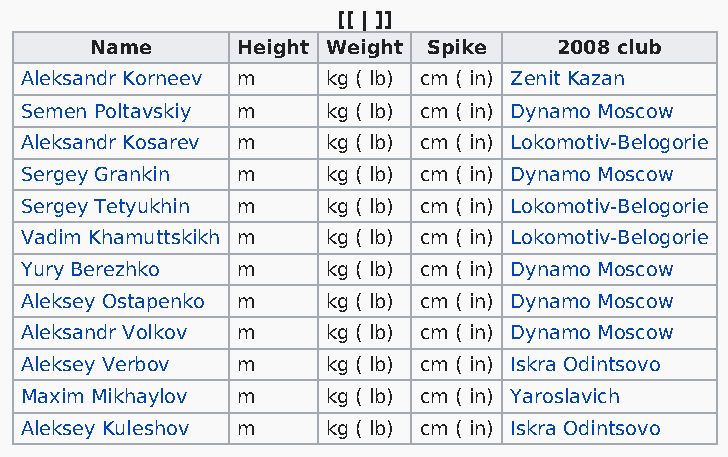
[[ | ]]
 Name      Height Weight Spike  2008 club
 Aleksandr Korneev m  kg ( lb) cm ( in) Zenit Kazan
 Semen Poltavskiy m   kg ( lb) cm ( in) Dynamo Moscow
 Aleksandr Kosarev m  kg ( lb) cm ( in) Lokomotiv-Belogorie
 Sergey Grankin m     kg ( lb) cm ( in) Dynamo Moscow
 Sergey Tetyukhin m   kg ( lb) cm ( in) Lokomotiv-Belogorie
 Vadim Khamuttskikh m kg ( lb) cm ( in) Lokomotiv-Belogorie
 Yury Berezhko  m     kg ( lb) cm ( in) Dynamo Moscow
 Aleksey Ostapenko m  kg ( lb) cm ( in) Dynamo Moscow
 Aleksandr Volkov m   kg ( lb) cm ( in) Dynamo Moscow
 Aleksey Verbov m     kg ( lb) cm ( in) Iskra Odintsovo
 Maxim Mikhaylov m    kg ( lb) cm ( in) Yaroslavich
 Aleksey Kuleshov m   kg ( lb) cm ( in) Iskra Odintsovo